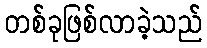
တစ်ခုဖြစ်လာခဲ့သည်